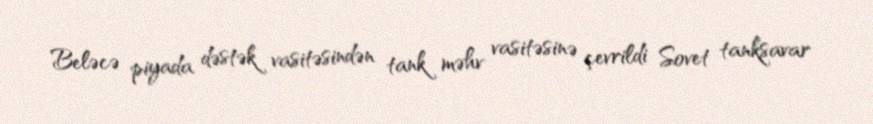
Beləcə piyada dəstək vasitəsindən tank məhv vasitəsinə çevrildi Sovet tanksavar